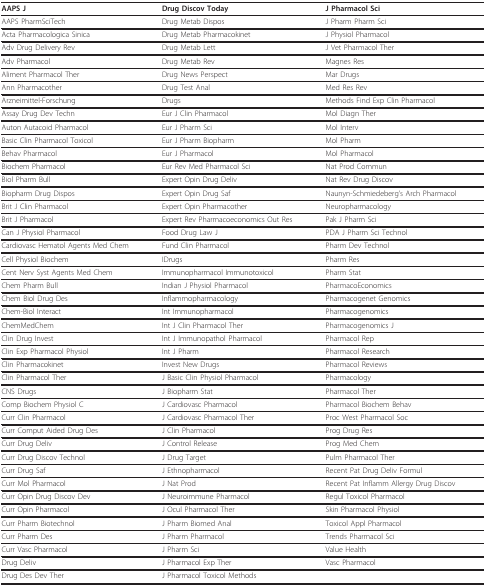
<table><thead><tr><td><b>AAPS J</b></td><td><b>Drug Discov Today</b></td><td><b>J Pharmacol Sci</b></td></tr></thead><tbody><tr><td>AAPS PharmSciTech</td><td>Drug Metab Dispos</td><td>J Pharm Pharm Sci</td></tr><tr><td>Acta Pharmacologica Sinica</td><td>Drug Metab Pharmacokinet</td><td>J Physiol Pharmacol</td></tr><tr><td>Adv Drug Delivery Rev</td><td>Drug Metab Lett</td><td>J Vet Pharmacol Ther</td></tr><tr><td>Adv Pharmacol</td><td>Drug Metab Rev</td><td>Magnes Res</td></tr><tr><td>Aliment Pharmacol Ther</td><td>Drug News Perspect</td><td>Mar Drugs</td></tr><tr><td>Ann Pharmacother</td><td>Drug Test Anal</td><td>Med Res Rev</td></tr><tr><td>Arzneimittel-Forschung</td><td>Drugs</td><td>Methods Find Exp Clin Pharmacol</td></tr><tr><td>Assay Drug Dev Techn</td><td>Eur J Clin Pharmacol</td><td>Mol Diagn Ther</td></tr><tr><td>Auton Autacoid Pharmacol</td><td>Eur J Pharm Sci</td><td>Mol Interv</td></tr><tr><td>Basic Clin Pharmacol Toxicol</td><td>Eur J Pharm Biopharm</td><td>Mol Pharm</td></tr><tr><td>Behav Pharmacol</td><td>Eur J Pharmacol</td><td>Mol Pharmacol</td></tr><tr><td>Biochem Pharmacol</td><td>Eur Rev Med Pharmacol Sci</td><td>Nat Prod Commun</td></tr><tr><td>Biol Pharm Bull</td><td>Expert Opin Drug Deliv</td><td>Nat Rev Drug Discov</td></tr><tr><td>Biopharm Drug Dispos</td><td>Expert Opin Drug Saf</td><td>Naunyn-Schmiedeberg&#x27;s Arch Pharmacol</td></tr><tr><td>Brit J Clin Pharmacol</td><td>Expert Opin Pharmacother</td><td>Neuropharmacology</td></tr><tr><td>Brit J Pharmacol</td><td>Expert Rev Pharmacoeconomics Out Res</td><td>Pak J Pharm Sci</td></tr><tr><td>Can J Physiol Pharmacol</td><td>Food Drug Law J</td><td>PDA J Pharm Sci Technol</td></tr><tr><td>Cardiovasc Hematol Agents Med Chem</td><td>Fund Clin Pharmacol</td><td>Pharm Dev Technol</td></tr><tr><td>Cell Physiol Biochem</td><td>IDrugs</td><td>Pharm Res</td></tr><tr><td>Cent Nerv Syst Agents Med Chem</td><td>Immunopharmacol Immunotoxicol</td><td>Pharm Stat</td></tr><tr><td>Chem Pharm Bull</td><td>Indian J Physiol Pharmacol</td><td>PharmacoEconomics</td></tr><tr><td>Chem Biol Drug Des</td><td>Inflammopharmacology</td><td>Pharmacogenet Genomics</td></tr><tr><td>Chem-Biol Interact</td><td>Int Immunopharmacol</td><td>Pharmacogenomics</td></tr><tr><td>ChemMedChem</td><td>Int J Clin Pharmacol Ther</td><td>Pharmacogenomics J</td></tr><tr><td>Clin Drug Invest</td><td>Int J Immunopathol Pharmacol</td><td>Pharmacol Rep</td></tr><tr><td>Clin Exp Pharmacol Physiol</td><td>Int J Pharm</td><td>Pharmacol Research</td></tr><tr><td>Clin Pharmacokinet</td><td>Invest New Drugs</td><td>Pharmacol Reviews</td></tr><tr><td>Clin Pharmacol Ther</td><td>J Basic Clin Physiol Pharmacol</td><td>Pharmacology</td></tr><tr><td>CNS Drugs</td><td>J Biopharm Stat</td><td>Pharmacol Ther</td></tr><tr><td>Comp Biochem Physiol C</td><td>J Cardiovasc Pharmacol</td><td>Pharmacol Biochem Behav</td></tr><tr><td>Curr Clin Pharmacol</td><td>J Cardiovasc Pharmacol Ther</td><td>Proc West Pharmacol Soc</td></tr><tr><td>Curr Comput Aided Drug Des</td><td>J Clin Pharmacol</td><td>Prog Drug Res</td></tr><tr><td>Curr Drug Deliv</td><td>J Control Release</td><td>Prog Med Chem</td></tr><tr><td>Curr Drug Discov Technol</td><td>J Drug Target</td><td>Pulm Pharmacol Ther</td></tr><tr><td>Curr Drug Saf</td><td>J Ethnopharmacol</td><td>Recent Pat Drug Deliv Formul</td></tr><tr><td>Curr Mol Pharmacol</td><td>J Nat Prod</td><td>Recent Pat Inflamm Allergy Drug Discov</td></tr><tr><td>Curr Opin Drug Discov Dev</td><td>J Neuroimmune Pharmacol</td><td>Regul Toxicol Pharmacol</td></tr><tr><td>Curr Opin Pharmacol</td><td>J Ocul Pharmacol Ther</td><td>Skin Pharmacol Physiol</td></tr><tr><td>Curr Pharm Biotechnol</td><td>J Pharm Biomed Anal</td><td>Toxicol Appl Pharmacol</td></tr><tr><td>Curr Pharm Des</td><td>J Pharm Pharmacol</td><td>Trends Pharmacol Sci</td></tr><tr><td>Curr Vasc Pharmacol</td><td>J Pharm Sci</td><td>Value Health</td></tr><tr><td>Drug Deliv</td><td>J Pharmacol Exp Ther</td><td>Vasc Pharmacol</td></tr><tr><td>Drug Des Dev Ther</td><td>J Pharmacol Toxicol Methods</td><td></td></tr></tbody></table>